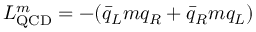
{ \cal L } _ { \mathrm { Q C D } } ^ { m } = - ( \bar { q } _ { L } m q _ { R } + \bar { q } _ { R } m q _ { L } )